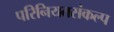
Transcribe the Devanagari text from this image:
परिनियतसंकल्प